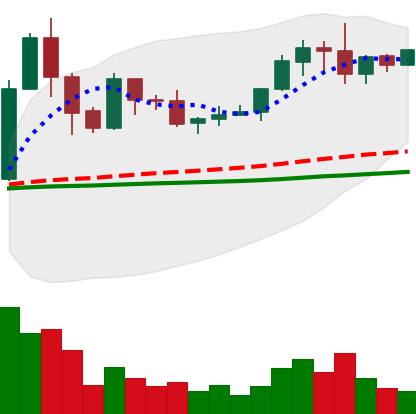
Ticker: XRP-USD
Chart end date: 2019-06-02
Forward return: -4.869%
Label: down_3_5